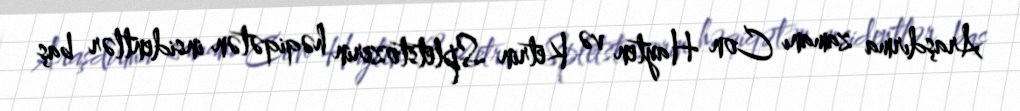
Araşdırma zamanı Con Hayten və Ketrin Spletstozerin həqiqətən insidentlər baş